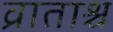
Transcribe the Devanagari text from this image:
व्राताश्च